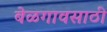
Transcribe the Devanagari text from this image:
बेळगावसाठी